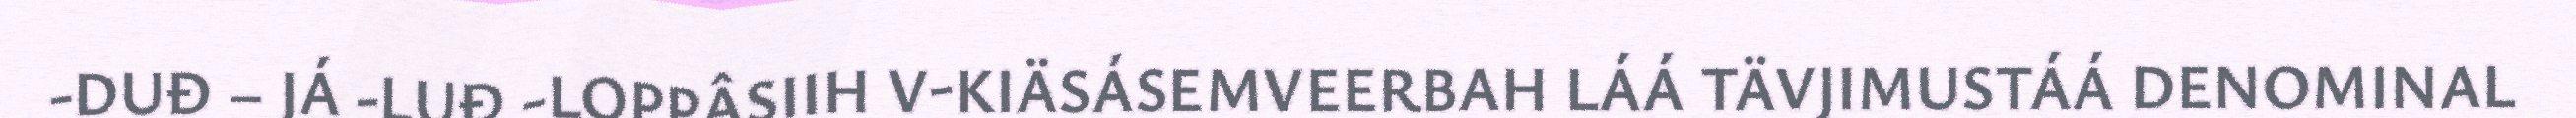
-DUĐ – JÁ -LUĐ -LOPPÂSIIH V-KIÄSÁSEMVEERBAH LÁÁ TÄVJIMUSTÁÁ DENOMINAL